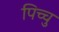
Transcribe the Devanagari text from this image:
पिच्चु